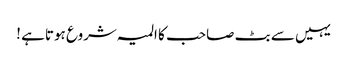
یہیں سے بٹ صاحب کا المیہ شروع ہوتاہے !